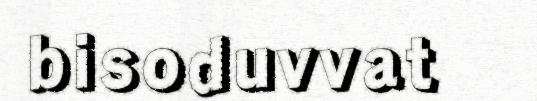
bisoduvvat